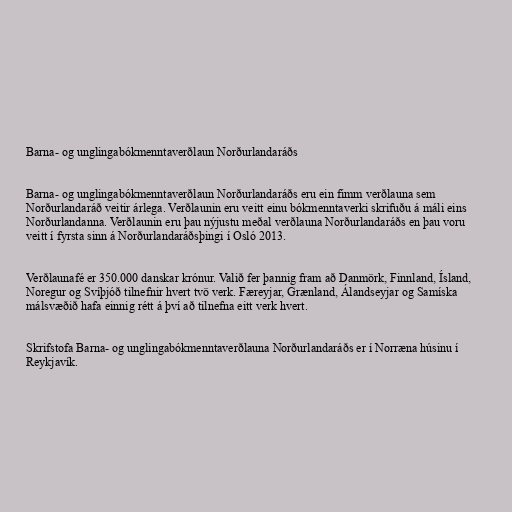
Barna- og unglingabókmenntaverðlaun Norðurlandaráðs

Barna- og unglingabókmenntaverðlaun Norðurlandaráðs eru ein fimm verðlauna sem
Norðurlandaráð veitir árlega. Verðlaunin eru veitt einu bókmenntaverki skrifuðu á máli eins
Norðurlandanna. Verðlaunin eru þau nýjustu meðal verðlauna Norðurlandaráðs en þau voru
veitt í fyrsta sinn á Norðurlandaráðsþingi í Osló 2013.

Verðlaunafé er 350.000 danskar krónur. Valið fer þannig fram að Danmörk, Finnland, Ísland,
Noregur og Svíþjóð tilnefnir hvert tvö verk. Færeyjar, Grænland, Álandseyjar og Samíska
málsvæðið hafa einnig rétt á því að tilnefna eitt verk hvert.

Skrifstofa Barna- og unglingabókmenntaverðlauna Norðurlandaráðs er í Norræna húsinu í
Reykjavík.